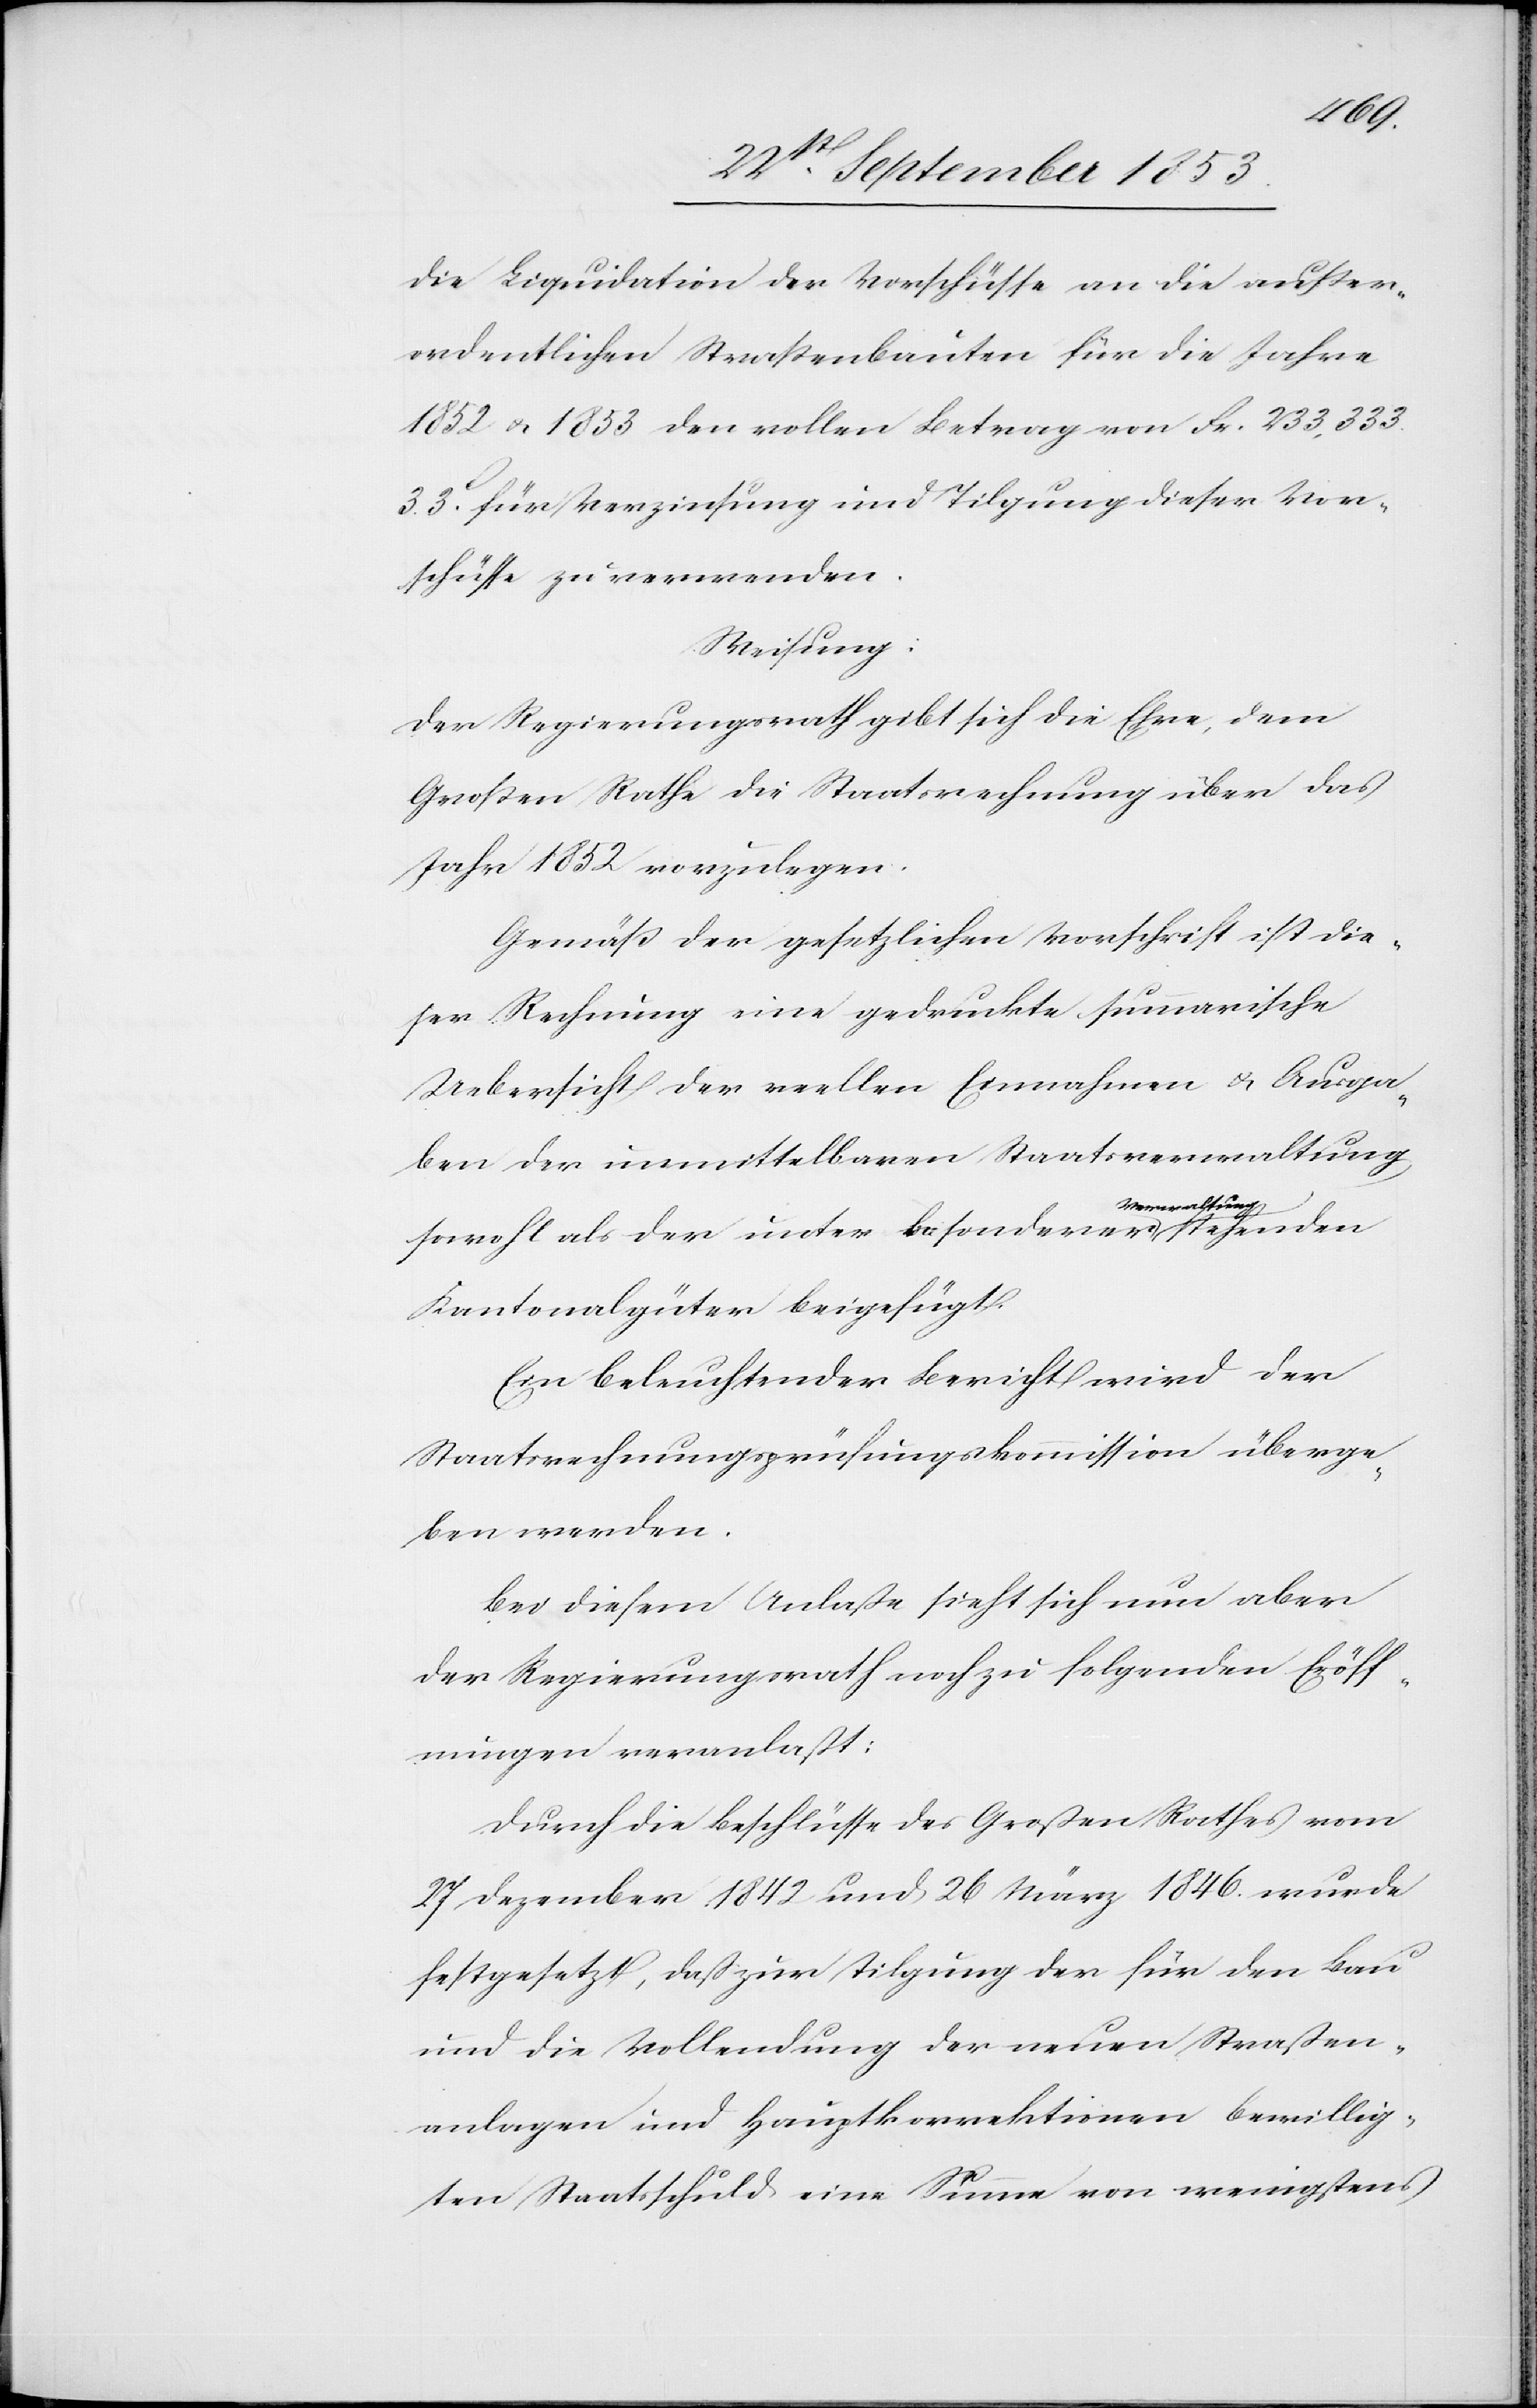
die Liquidation der Vorschüsse an die außer¬
ordentlichen Waßerbauten für die Jahre
1852–1853 den vollen Betrag von Fr. 233,333.
33c für Verzinsung und Tilgung dieser Vor¬
schüsse zu verwenden.
Weisung:
Der Regierungsrath gibt sich die Ehre, dem
Großen Rathe die Staatsrechnung über das
Jahr 1852 vorzulegen.
Gemäß der gesetzlichen Vorschrift ist die¬
ser Rechnung eine gedruckte summarische
Uebersicht der vollen Einnahmen u. Ausga¬
ben der unmittelbaren Staatsverwaltung
sowohl als der unter besonderer Verwaltung stehenden
Kantonalgüter beigefügt.
Ein beleuchtender Bericht wird der
Staatsrechnungsprüfungskommission überge¬
ben werden.
Bei diesem Anlaße sieht sich nun aber
der Regierungsrath noch zu folgenden Eröff¬
nungen veranlaßt:
Durch die Beschlüsse des Großen Rathes vom
27 Dezember 1842 und 26 März 1846 wurde
festgesetzt, daß zur Tilgung der für den Bau
und die Vollendung der neuen Straßen¬
anlagen und Hauptkorrektionen bewillig¬
ten Staatsschuld eine Summe von wenigstens